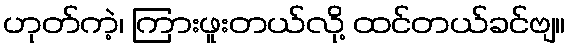
ဟုတ်ကဲ့၊ ကြားဖူးတယ်လို့ ထင်တယ်ခင်ဗျ။